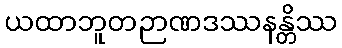
ယထာဘူတဉာဏဒဿနန္တိဿ